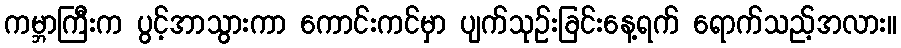
ကမ္ဘာကြီးက ပွင့်အာသွားကာ ကောင်းကင်မှာ ပျက်သုဉ်းခြင်းနေ့ရက် ရောက်သည့်အလား။